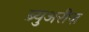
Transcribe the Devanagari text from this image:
ब्र्युअरीज़